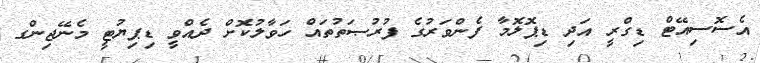
އެސޮސިއޭޓް ޑިގްރީ އަދި ޑިޕޮލޮމާ ފެންވަރުގެ ފުރުޞަތުތައް ހަވާލުކޮށް ދެއްވީ ޑިޕިޔުޓީ މެނޭޖިންގ